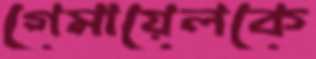
গেমায়েলকে